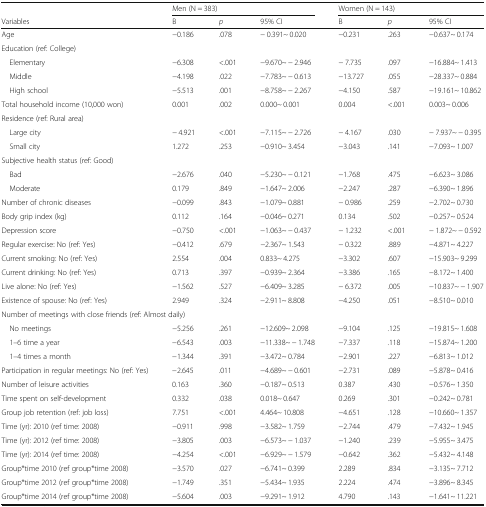
<table><thead><tr><td></td><td colspan="3"><b>Men (N = 383)</b></td><td colspan="3"><b>Women (N = 143)</b></td></tr><tr><td><b>Variables</b></td><td><b>B</b></td><td><b><i>p</i></b></td><td><b>95% CI</b></td><td><b>B</b></td><td><b><i>p</i></b></td><td><b>95% CI</b></td></tr></thead><tbody><tr><td>Age</td><td>−0.186</td><td>.078</td><td>− 0.391~ 0.020</td><td>−0.231</td><td>.263</td><td>−0.637~ 0.174</td></tr><tr><td colspan="7">Education (ref: College)</td></tr><tr><td> Elementary</td><td>−6.308</td><td>&lt;.001</td><td>−9.670~ − 2.946</td><td>− 7.735</td><td>.097</td><td>−16.884~ 1.413</td></tr><tr><td> Middle</td><td>−4.198</td><td>.022</td><td>−7.783~ − 0.613</td><td>−13.727</td><td>.055</td><td>−28.337~ 0.884</td></tr><tr><td> High school</td><td>−5.513</td><td>.001</td><td>−8.758~ − 2.267</td><td>−4.150</td><td>.587</td><td>−19.161~ 10.862</td></tr><tr><td>Total household income (10,000 won)</td><td>0.001</td><td>.002</td><td>0.000~ 0.001</td><td>0.004</td><td>&lt;.001</td><td>0.003~ 0.006</td></tr><tr><td colspan="7">Residence (ref: Rural area)</td></tr><tr><td> Large city</td><td>− 4.921</td><td>&lt;.001</td><td>−7.115~ − 2.726</td><td>− 4.167</td><td>.030</td><td>− 7.937~ − 0.395</td></tr><tr><td> Small city</td><td>1.272</td><td>.253</td><td>−0.910~ 3.454</td><td>−3.043</td><td>.141</td><td>−7.093~ 1.007</td></tr><tr><td colspan="7">Subjective health status (ref: Good)</td></tr><tr><td> Bad</td><td>−2.676</td><td>.040</td><td>−5.230~ − 0.121</td><td>−1.768</td><td>.475</td><td>−6.623~ 3.086</td></tr><tr><td> Moderate</td><td>0.179</td><td>.849</td><td>−1.647~ 2.006</td><td>−2.247</td><td>.287</td><td>−6.390~ 1.896</td></tr><tr><td>Number of chronic diseases</td><td>−0.099</td><td>.843</td><td>−1.079~ 0.881</td><td>− 0.986</td><td>.259</td><td>−2.702~ 0.730</td></tr><tr><td>Body grip index (kg)</td><td>0.112</td><td>.164</td><td>−0.046~ 0.271</td><td>0.134</td><td>.502</td><td>−0.257~ 0.524</td></tr><tr><td>Depression score</td><td>−0.750</td><td>&lt;.001</td><td>−1.063~ − 0.437</td><td>− 1.232</td><td>&lt;.001</td><td>− 1.872~ − 0.592</td></tr><tr><td>Regular exercise: No (ref: Yes)</td><td>−0.412</td><td>.679</td><td>−2.367~ 1.543</td><td>− 0.322</td><td>.889</td><td>−4.871~ 4.227</td></tr><tr><td>Current smoking: No (ref: Yes)</td><td>2.554</td><td>.004</td><td>0.833~ 4.275</td><td>−3.302</td><td>.607</td><td>−15.903~ 9.299</td></tr><tr><td>Current drinking: No (ref: Yes)</td><td>0.713</td><td>.397</td><td>−0.939~ 2.364</td><td>−3.386</td><td>.165</td><td>−8.172~ 1.400</td></tr><tr><td>Live alone: No (ref: Yes)</td><td>−1.562</td><td>.527</td><td>−6.409~ 3.285</td><td>− 6.372</td><td>.005</td><td>−10.837~ − 1.907</td></tr><tr><td>Existence of spouse: No (ref: Yes)</td><td>2.949</td><td>.324</td><td>−2.911~ 8.808</td><td>−4.250</td><td>.051</td><td>−8.510~ 0.010</td></tr><tr><td colspan="7">Number of meetings with close friends (ref: Almost daily)</td></tr><tr><td> No meetings</td><td>−5.256</td><td>.261</td><td>−12.609~ 2.098</td><td>−9.104</td><td>.125</td><td>−19.815~ 1.608</td></tr><tr><td> 1–6 time a year</td><td>−6.543</td><td>.003</td><td>−11.338~ − 1.748</td><td>−7.337</td><td>.118</td><td>−15.874~ 1.200</td></tr><tr><td> 1–4 times a month</td><td>−1.344</td><td>.391</td><td>−3.472~ 0.784</td><td>−2.901</td><td>.227</td><td>−6.813~ 1.012</td></tr><tr><td>Participation in regular meetings: No (ref: Yes)</td><td>−2.645</td><td>.011</td><td>−4.689~ − 0.601</td><td>−2.731</td><td>.089</td><td>−5.878~ 0.416</td></tr><tr><td>Number of leisure activities</td><td>0.163</td><td>.360</td><td>−0.187~ 0.513</td><td>0.387</td><td>.430</td><td>−0.576~ 1.350</td></tr><tr><td>Time spent on self-development</td><td>0.332</td><td>.038</td><td>0.018~ 0.647</td><td>0.269</td><td>.301</td><td>−0.242~ 0.781</td></tr><tr><td>Group job retention (ref: job loss)</td><td>7.751</td><td>&lt;.001</td><td>4.464~ 10.808</td><td>−4.651</td><td>.128</td><td>−10.660~ 1.357</td></tr><tr><td>Time (yr): 2010 (ref time: 2008)</td><td>−0.911</td><td>.998</td><td>−3.582~ 1.759</td><td>−2.744</td><td>.479</td><td>−7.432~ 1.945</td></tr><tr><td>Time (yr): 2012 (ref time: 2008)</td><td>−3.805</td><td>.003</td><td>−6.573~ − 1.037</td><td>−1.240</td><td>.239</td><td>−5.955~ 3.475</td></tr><tr><td>Time (yr): 2014 (ref time: 2008)</td><td>−4.254</td><td>&lt;.001</td><td>−6.929~ − 1.579</td><td>−0.642</td><td>.362</td><td>−5.432~ 4.148</td></tr><tr><td>Group*time 2010 (ref group*time 2008)</td><td>−3.570</td><td>.027</td><td>−6.741~ 0.399</td><td>2.289</td><td>.834</td><td>−3.135~ 7.712</td></tr><tr><td>Group*time 2012 (ref group*time 2008)</td><td>−1.749</td><td>.351</td><td>−5.434~ 1.935</td><td>2.224</td><td>.474</td><td>−3.896~ 8.345</td></tr><tr><td>Group*time 2014 (ref group*time 2008)</td><td>−5.604</td><td>.003</td><td>−9.291~ 1.912</td><td>4.790</td><td>.143</td><td>−1.641~ 11.221</td></tr></tbody></table>